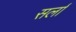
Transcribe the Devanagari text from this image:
सर्ला